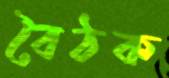
বৈঠক